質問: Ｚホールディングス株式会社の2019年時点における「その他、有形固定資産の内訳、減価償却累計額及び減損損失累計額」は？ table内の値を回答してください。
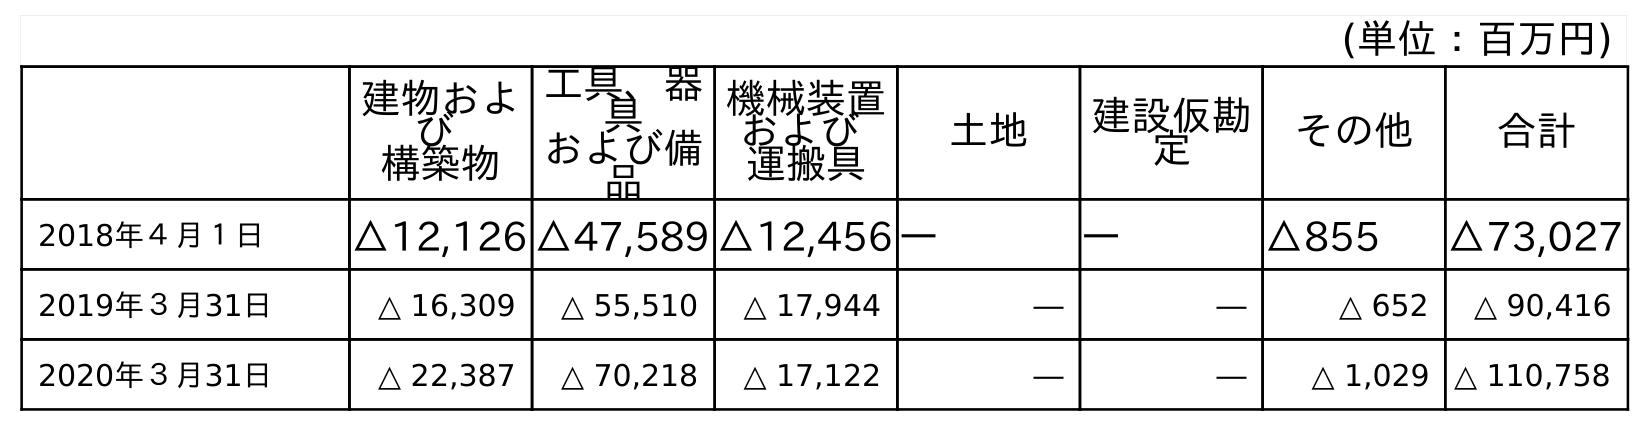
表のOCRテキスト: (単位：百万円) 建物およ び 構築物 工具、器 具 および備 品 機械装置 および 運搬具 土地 建設仮勘 定 その他 合計 2018年４月１日 △12,126 △47,589 △12,456 ― ― △855 △73,027 2019年３月31日 △ 16,309 △ 55,510 △ 17,944 ― ― △ 652 △ 90,416 2020年３月31日 △ 22,387 △ 70,218 △ 17,122 ― ― △ 1,029 △ 110,758
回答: △652